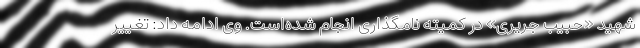
شهید «حبیب جریری» در کمیته نامگذاری انجام شده‌است. وی ادامه داد: تغییر